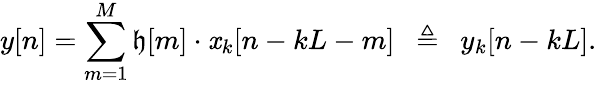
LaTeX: y[n]=\sum_{m=1}^{M}\mathfrak{h}[m]\cdot\mathit{x}_{k}[n-kL-m]\ \ \triangleq\ \ y_{k}[n-kL].